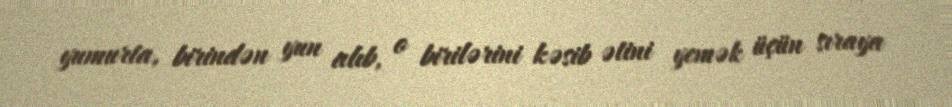
yumurta, birindən yun alıb, o birilərini kəsib ətini yemək üçün sıraya